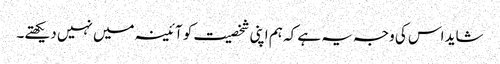
شاید اس کی وجہ یہ ہے کہ ہم اپنی شخصیت کو آئینہ میں نہیں دیکھتے۔